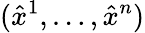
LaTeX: (\hat{x}^{1},\dots,\hat{x}^{n})